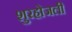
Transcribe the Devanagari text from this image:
शुरहोजली